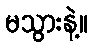
မသွားနဲ့။